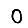
Digit: 0